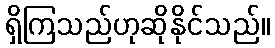
ရှိကြသည်ဟုဆိုနိုင်သည်။